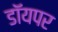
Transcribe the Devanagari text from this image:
डॉयपर